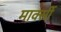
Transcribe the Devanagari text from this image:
मार्क्सी